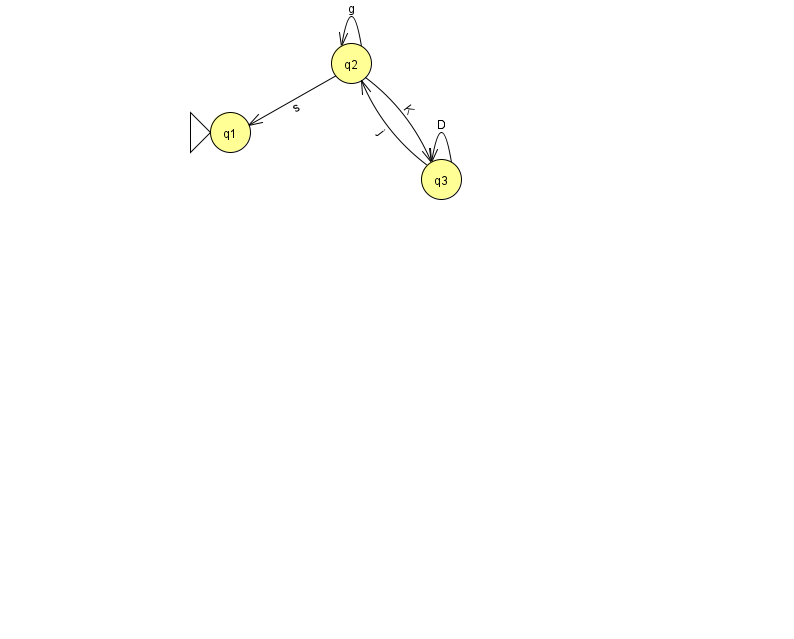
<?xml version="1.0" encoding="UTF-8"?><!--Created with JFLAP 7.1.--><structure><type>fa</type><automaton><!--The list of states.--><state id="1" name="q1"><x>230.0</x><y>119.0</y><initial/></state><state id="2" name="q2"><x>351.0</x><y>50.0</y></state><state id="3" name="q3"><x>441.0</x><y>166.0</y></state><!--The list of transitions.--><transition><from>3</from><to>3</to><read>D</read></transition><transition><from>2</from><to>2</to><read>g</read></transition><transition><from>3</from><to>2</to><read>j</read></transition><transition><from>2</from><to>1</to><read>s</read></transition><transition><from>2</from><to>3</to><read>K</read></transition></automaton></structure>